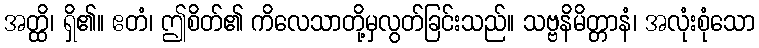
အတ္ထိ၊ ရှိ၏။ ဧတံ၊ ဤစိတ်၏ ကိလေသာတို့မှလွတ်ခြင်းသည်။ သဗ္ဗနိမိတ္တာနံ၊ အလုံးစုံသော